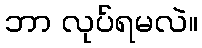
ဘာ လုပ်ရမလဲ။